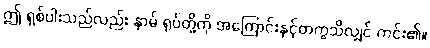
ဤ ရှစ်ပါးသည်လည်း နာမ် ရုပ်တို့ကို အကြောင်းနှင့်တကွသိလျှင် ကင်း၏။